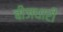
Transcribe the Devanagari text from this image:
बीजधारी